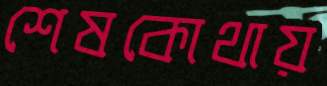
শেষকোথায়